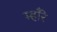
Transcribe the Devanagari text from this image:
म्हाँरे